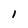
Character: 1